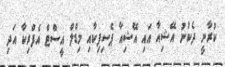
ކުރާނީ ދެކުނު އޭޝިއާ އައި އޭޝިއާ ޕެސިފިކާއި މިޑްލް އީސްޓް އެފްރިކާ އަދި